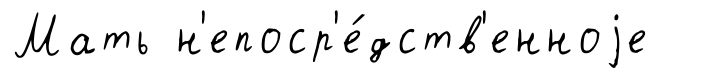
Мать н'епоср'е́дств'енноjе